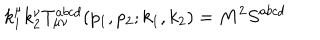
k _ { 1 } ^ { \mu } k _ { 2 } ^ { \nu } T _ { \mu \nu } ^ { a b c d } ( p _ { 1 } , p _ { 2 } ; k _ { 1 } , k _ { 2 } ) = M ^ { 2 } S ^ { a b c d }